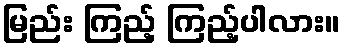
မြည်း ကြည့် ကြည့်ပါလား။